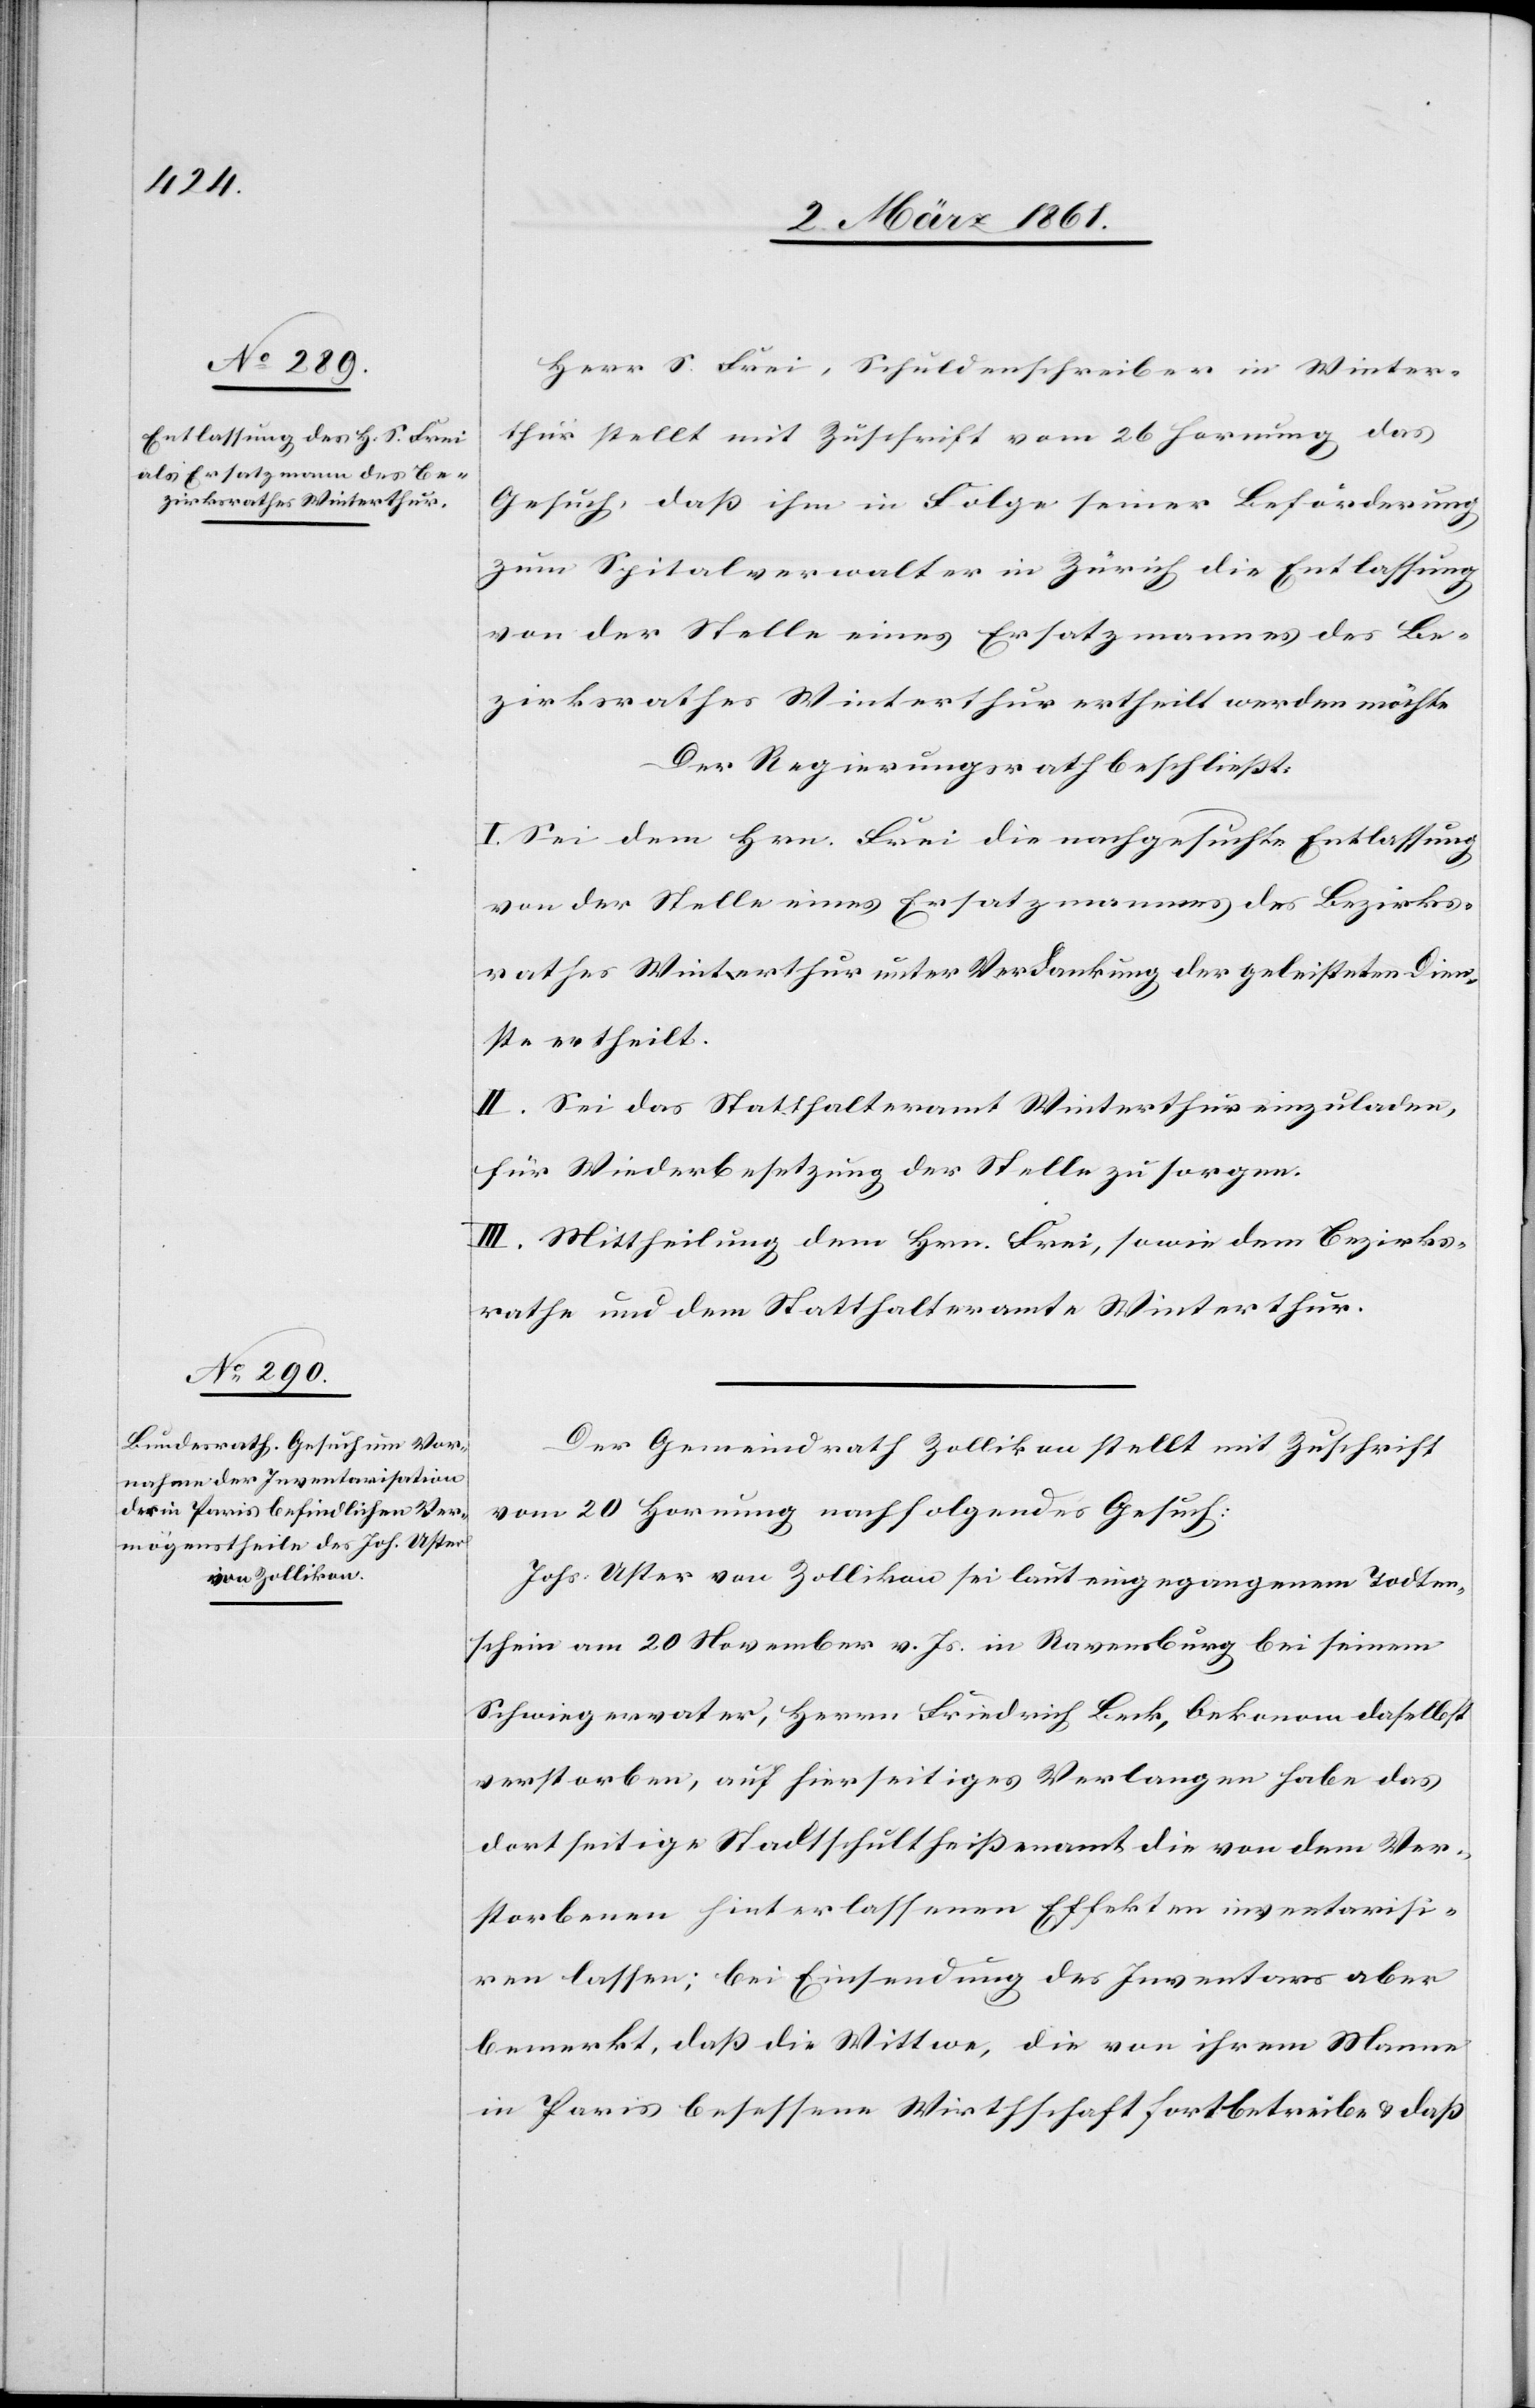
Herr S. Frei, Schuldenschreiber in Winter¬
thur stellt mit Zuschrift vom 26. Hornung das
Gesuch, dass ihm in Folge seiner Beförderung
zum Spitalverwalter in Zürich die Entlassung
von der Stelle eines Ersatzmannes des Be¬
zirksrathes Winterthur ertheilt werden möchte.
Der Regierungsrath beschliesst:
I. Sei dem Hrn. Frei die nachgesuchte Entlassung
von der Stelle eines Ersatzmannes des Bezirks¬
rathes Winterthur unter Verdankung der geleisteten Dien¬
ste ertheilt.
II. Sei das Statthalteramt Winterthur einzuladen,
für Wiederbesetzung der Stelle zu sorgen.
III. Mittheilung dem Hrn. Frei, sowie dem Bezirks¬
rathe und dem Statthalteramte Winterthur.
Der Gemeindrath Zollikon stellt mit Zuschrift
vom 20 Hornung nachfolgendes Gesuch:
Johs. Uster von Zollikon sei laut eingegangenen Todten¬
schein am 20 November v. Js. in Ravensburg bei seinem
Schwiegervater, Herrn Friedrich Beck, Oekonom daselbst
verstorben, auf hierseitiges Verlangen habe das
dortseitige Stadtschultheissenamt die von dem Ver¬
storbenen hinterlassenen Effekten inventarisi¬
ren lassen; bei Einsendung des Inventars aber
bemerkt, dass die Wittwe, die von ihrem Manne
in Paris besessene Wirthschaft fortbetreibe u. dass